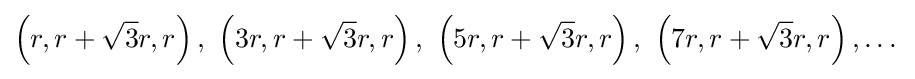
\left(r,r+{\sqrt {3}}r,r\right),\ \left(3r,r+{\sqrt {3}}r,r\right),\ \left(5r,r+{\sqrt {3}}r,r\right),\ \left(7r,r+{\sqrt {3}}r,r\right),\dots